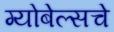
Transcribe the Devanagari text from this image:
ग्योबेल्सचे